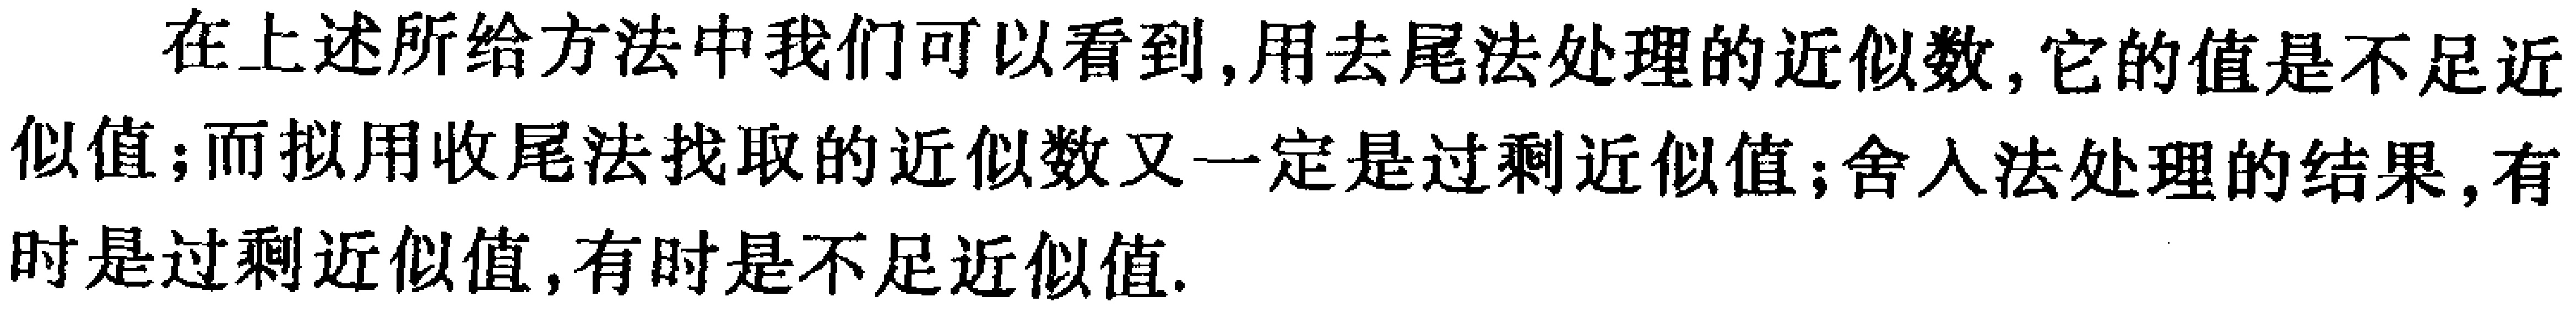
在上述所给方法中我们可以看到,用去尾法处理的近似数,它的值是不足近似值;而拟用收尾法找取的近似数又一定是过剩近似值;舍入法处理的结果,有时是过剩近似值,有时是不足近似值.